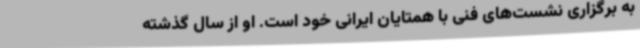
به برگزاری نشست‌های فنی با همتایان ایرانی خود است. او از سال گذشته